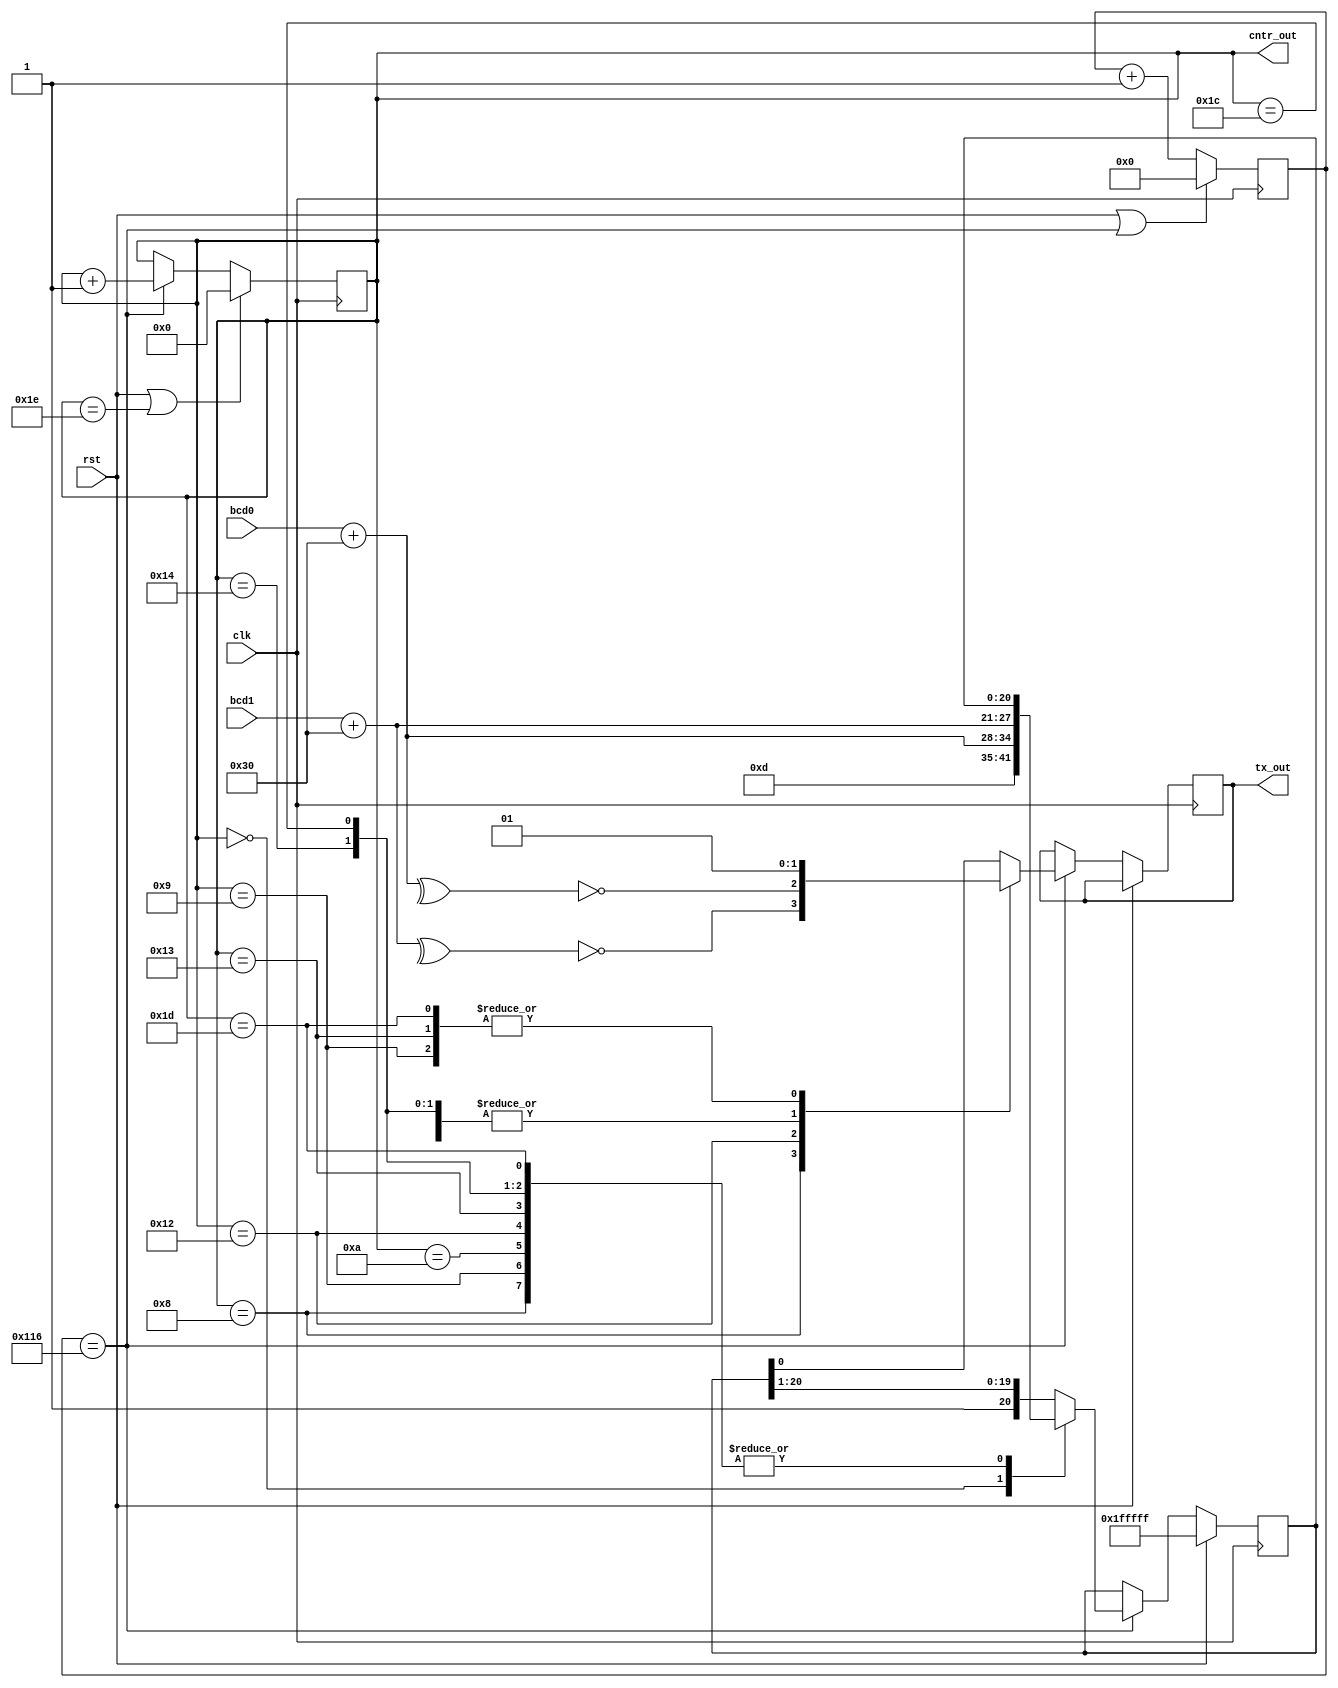
module uart(
	 input clk,
    input rst,
    input [6:0] bcd0,
    input [6:0] bcd1,
    output tx_out,
	 output [6:0] cntr_out
    );
		
reg [8:0] cntr; // 9bit reg
wire tx_change_en; 
always @ (posedge clk) // engedelyezo orajel generalasa
	if(rst | tx_change_en) 
		cntr <= 0;
	else
		cntr <= cntr + 1;
		
assign tx_change_en = (cntr == 278); // 16Mhz / 57600bps = 277.7 -> kb 278

reg [6:0] shift_cntr;
wire shift_en;
always @ (posedge clk) // shiftregiszter allapotanak szamon tartasa, hogy melyik bitet kell kovetkezonek kikuldeni
	if(rst | shift_en)
		shift_cntr <= 0;
	else if(tx_change_en)
		shift_cntr <= shift_cntr + 1;

assign shift_en = (shift_cntr == 30);

reg [6:0] cr = 'b0001101; // 0d = carriage return 
reg [20:0] shr;
wire [6:0] bcd1_in;
wire [6:0] bcd0_in;
wire parity1, parity0, parityCr;
assign bcd1_in = (bcd1[6:0] + 48); // paritasbitek kepzese
assign bcd0_in = (bcd0[6:0] + 48);
assign parity1 = ~(^bcd1_in);
assign parity0 = ~(^bcd0_in);
assign parityCr = ~(^cr);

reg out = 1; // idle state
always @ (posedge clk)
	if(rst)
		shr <= ~0; // 1essel telitoltes
	else if(tx_change_en)
		case(shift_cntr) // Megfelelo bit kiirasa
			0: begin 
				shr <= {cr[6:0], bcd0_in[6:0], bcd1_in[6:0]}; // kimeneti regiszter elokeszitese
				out <= 0; // start bit
				end
			8: out <= parity1;
			9: out <= 1;
			10: out <= 0;
			18: out <= parity0;
			19: out <= 1;
			20: out <= 0;
			28: out <= parityCr;
			29: out <= 1;
			default: begin
				shr <= {1, shr[20:1]};
				out <= shr[0];
				end
		endcase

assign cntr_out = shift_cntr; // only for test
assign tx_out = out;

endmodule